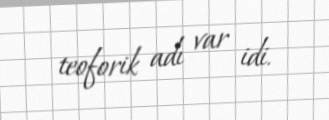
teoforik adı var idi.